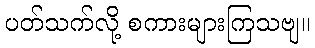
ပတ်သက်လို့ စကားများကြသဗျ။